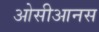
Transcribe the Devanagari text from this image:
ओसीआनस